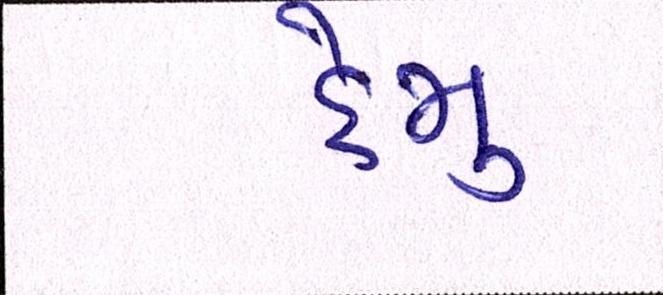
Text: હેમુ